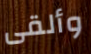
وألقى